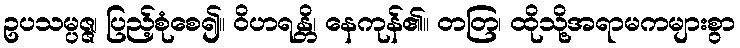
ဥပသမ္ပဇ္ဇ၊ ပြည့်စုံစေ၍။ ဝိဟရန္တိ၊ နေကုန်၏။ တတြ၊ ထိုသို့အရာမကများစွာ